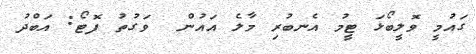
ގައުމީ ވޮލީބޯޅަ ޓީމު އެނބުރި މާލެ އައުން  ވަގުތު ފޮޓޯ: އަބްދު